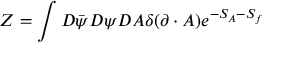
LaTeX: { \cal Z } = \int D \bar { \psi } D \psi D A \delta ( \partial \cdot A ) e ^ { - S _ { A } - S _ { f } }